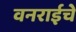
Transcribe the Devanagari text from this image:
वनराईचे